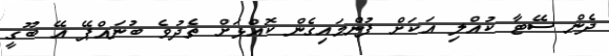
ދެން ސޭޓާ ކުއްލި އަކަށް ފުންމައިގެން ކޮއްޅަށް ތެދުވެ ބުނައްޕޭ އޭ ބޫގީ